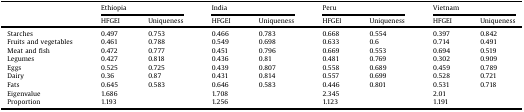
|  | <COLSPAN=2> Ethiopia | <COLSPAN=2> India | <COLSPAN=2> Peru | <COLSPAN=2> Vietnam |
 |  | HFGEI | Uniqueness | HFGEI | Uniqueness | HFGEI | Uniqueness | HFGEI | Uniqueness |
 | --- | --- | --- | --- | --- | --- | --- | --- | --- |
 | Starches | 0.497 | 0.753 | 0.466 | 0.783 | 0.668 | 0.554 | 0.397 | 0.842 |
 | Fruits and vegetables | 0.461 | 0.788 | 0.549 | 0.698 | 0.633 | 0.6 | 0.714 | 0.491 |
 | Meat and fish | 0.472 | 0.777 | 0.451 | 0.796 | 0.669 | 0.553 | 0.694 | 0.519 |
 | Legumes | 0.427 | 0.818 | 0.436 | 0.81 | 0.481 | 0.769 | 0.302 | 0.909 |
 | Eggs | 0.525 | 0.725 | 0.439 | 0.807 | 0.558 | 0.689 | 0.459 | 0.789 |
 | Dairy | 0.36 | 0.87 | 0.431 | 0.814 | 0.557 | 0.699 | 0.528 | 0.721 |
 | Fats | 0.645 | 0.583 | 0.646 | 0.583 | 0.446 | 0.801 | 0.531 | 0.718 |
 | Eigenvalue | 1.686 |  | 1.708 |  | 2.345 |  | 2.01 |  |
 | Proportion | 1.193 |  | 1.256 |  | 1.123 |  | 1.191 |  |